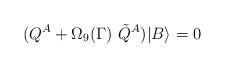
LaTeX: \begin{align*}(Q^A+\Omega_9(\Gamma)\ \tilde Q^A) |B\rangle =0\end{align*}